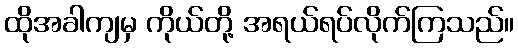
ထိုအခါကျမှ ကိုယ်တို့ အရယ်ရပ်လိုက်ကြသည်။